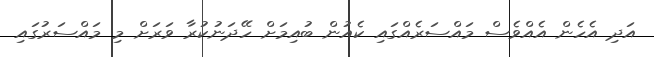
އަދި އެހެން އެއްވެސް މައްސަރެއްގައި ކެއުން ބުއިމަށް ހޭދަނުކުރާ ވަރަށް މި މައްސަރުގައި